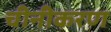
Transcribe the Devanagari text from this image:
चीनीकरण